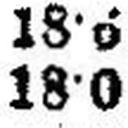
18·0